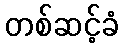
တစ်ဆင့်ခံ